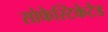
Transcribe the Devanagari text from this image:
सोफेस्टिकेटेड